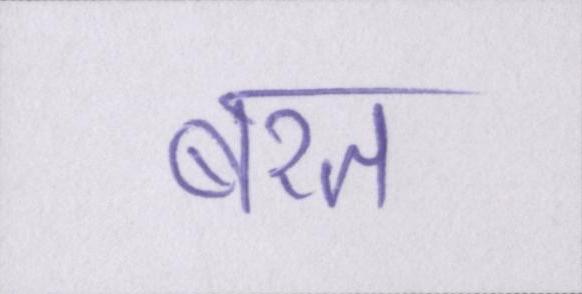
बरत